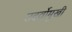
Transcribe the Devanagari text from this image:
उदर्वोमुखी